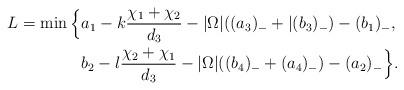
LaTeX: \begin{align*}L=\min\Big\{&a_1-k\frac{\chi_1+\chi_2}{d_3}-|\Omega|((a_3)_-+|(b_3)_-)-(b_1)_-,\\&b_2-l\frac{\chi_2+\chi_1}{d_3}-|\Omega|((b_4)_-+(a_4)_-)-(a_2)_-\Big\}.\end{align*}